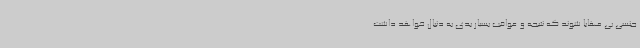
جنسی بی مهابا شوند که نتیجه و عواقب بسیار بدی به دنبال خواهد داشت